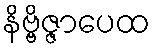
နိဗ္ဗိဇ္ဇာပေထ